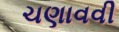
ચણાવવી